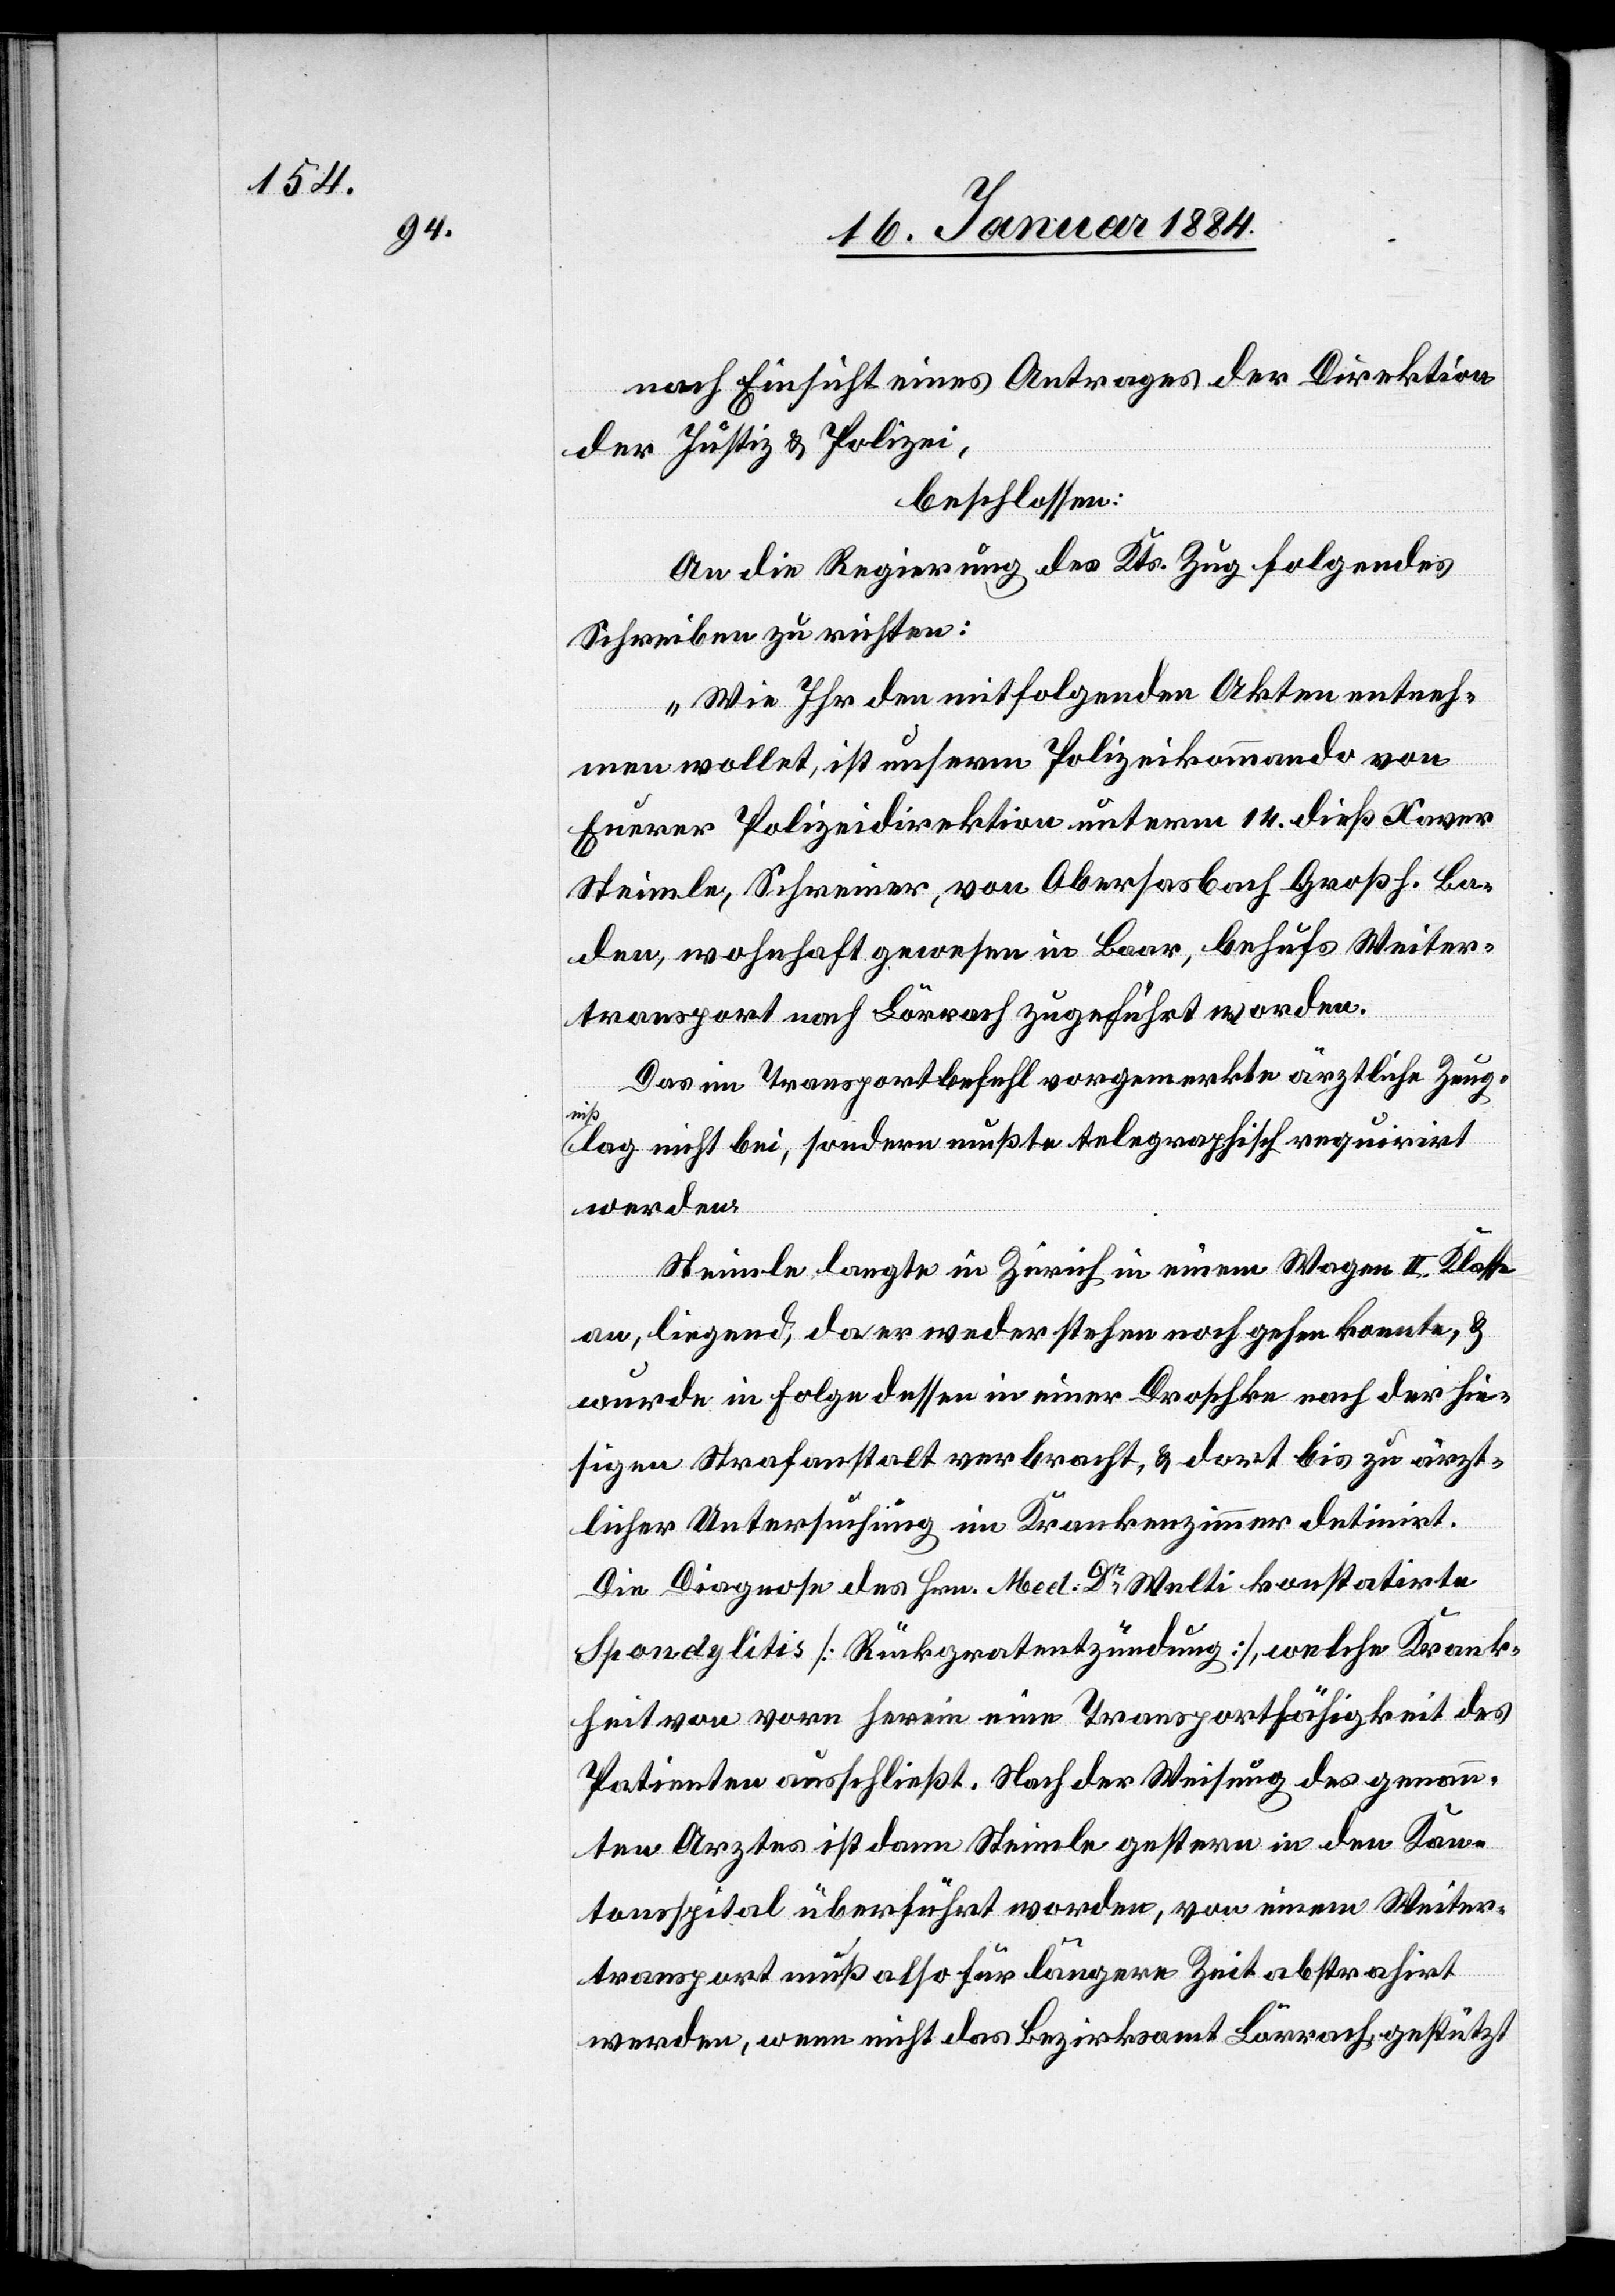
nach Einsicht eines Antrages der Direktion
der Justiz & Polizei,
beschlossen:
An die Regierung des Kts. Zug folgendes
Schreiben zu richten:
„Wie Ihr den mitfolgenden Akten entneh¬
men wollet, ist unserem Polizeikommando von
Euerer Polizeidirektion unterm 14. dieß Xaver
Steimle, Schreiner, von Obersasbach Großh. Ba¬
den, wohnhaft gewesen in Baar, behufs Weiter¬
transport nach Lörrach zugeführt worden.
Das im Transportbefehl vorgemerkte ärztliche Zeug¬
niß
lag nicht bei, sondern mußte telegraphisch requirirt
werden.
Steimle langte in Zürich in einem Wagen II. Klasse
an, liegend, da er weder stehen noch gehen konnte, &
wurde in Folge dessen in einer Droschke nach der hie¬
sigen Strafanstalt verbracht, & dort bis zu ärzt¬
licher Untersuchung im Krankenzimmer detinirt.
Die Diagnose des Hrn. Med. Dr Welti konstatirte
Spondylitis [Rückgratentzündung], welche Krank¬
heit von vorn herein eine Transportfähigkeit des
Patienten ausschließt. Nach der Weisung des genann¬
ten Arztes ist dann Steimle gestern in den Kan¬
tonsspital überführt worden, von einem Weiter¬
transport muß also für längere Zeit abstrahirt
werden, wenn nicht das Bezirksamt Lörrach, gestützt